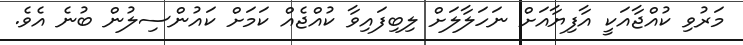
މަރުވި ކުއްޖާއަކީ އާފިޔާއަށް ނަހަލާލަށް ލިބިފައިވާ ކުއްޖެއް ކަމަށް ކައުންސިލުން ބުނެ އެވެ.